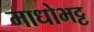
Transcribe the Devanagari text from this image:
माधोभट्ट